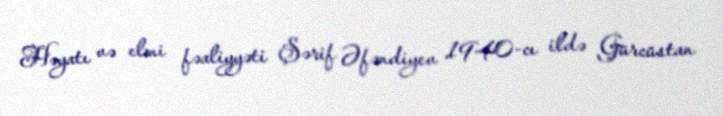
Həyatı və elmi fəaliyyəti Şərif Əfəndiyev 1940-cı ildə Gürcüstan